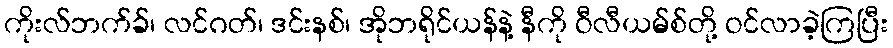
ကိုးလ်ဘက်ခ်၊ လင်ဂတ်၊ ဒင်းနစ်၊ အိုဘရိုင်ယန်နဲ့ နီကို ဝီလီယမ်စ်တို့ ဝင်လာခဲ့ကြပြီး